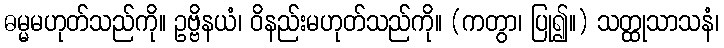
ဓမ္မမဟုတ်သည်ကို။ ဥဗ္ဗိနယံ၊ ဝိနည်းမဟုတ်သည်ကို။ (ကတွာ၊ ပြု၍။) သတ္ထုသာသနံ၊